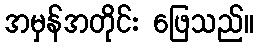
အမှန်အတိုင်း ဖြေသည်။